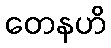
တေနဟိ